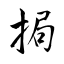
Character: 挶